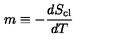
m \equiv - \frac { d S _ { \mathrm { c l } } } { d T }